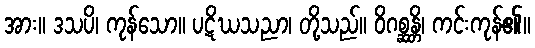
အား။ ဒသပိ၊ ကုန်သော။ ပဋိဃသညာ၊ တို့သည်။ ဝိဂစ္ဆန္တိ၊ ကင်းကုန်၏။